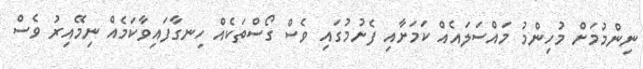
ނިންމުމަށް މުހިންމު މައްސަލައެއް ކަމަށާއި ފެށުމުގައި ވެސް ގޯސްތަކެއް ހިނގާފައިވާކަމެއް ނިމޭއިރު ވެސް